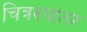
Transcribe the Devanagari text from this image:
चित्ररुपांतर